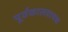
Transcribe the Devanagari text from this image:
पूर्वकालवाचक